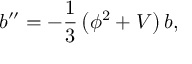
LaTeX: { b ^ { \prime \prime } = - \frac { 1 } { 3 } \left( \phi ^ { 2 } + V \right) b , }